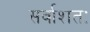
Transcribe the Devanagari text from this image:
सर्वाशतः